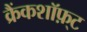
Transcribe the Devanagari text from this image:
क्रैंकशॉफ़्ट